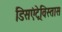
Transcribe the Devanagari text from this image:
डिसएंट्रेविस्तास